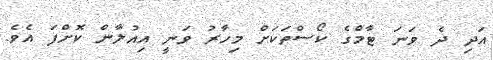
އަދި ދެ ވަނަ ޓާމްގެ ކޯސްތަކަށް މިހާރު ވަނީ އިއުލާން ކޮށްފަ އެވެ.